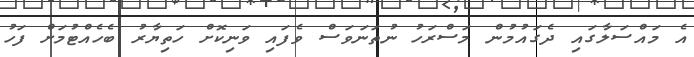
އެ މައްސަލާގައި ދެގައުމުން މަސްރަހު ނުތަނަވަސް ވެފައި ވަނިކޮށް ހަތިޔާރު ބެހެއްޓުމަށް ފަހު